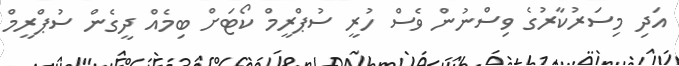
އަދި މިސަރުކާރުގެ ވިސްނުން ވެސް ހުރީ ސުޕްރީމް ކޯޓަށް ބިމެއް ދީގެން ސުޕްރީމް